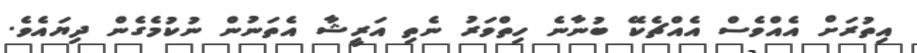
އިތުރަށް އެއްވެސް އެއްޗެކޭ ބުނާނެ ހިތްވަރު ނެތި އަރީޝާ އެތަނުން ނުކުމެގެން ދިޔައެވެ.